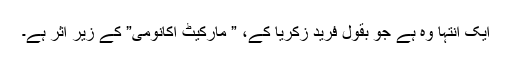
ایک انتہا وہ ہے جو بقول فرید زکریا کے، ” مارکیٹ اکانومی” کے زیر اثر ہے۔